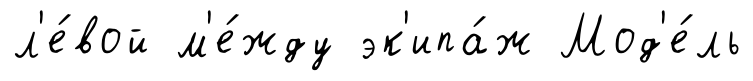
л'е́вой м'е́жду эк'ипа́ж Мод'е́ль